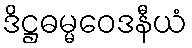
ဒိဋ္ဌဓမ္မဝေဒနီယံ